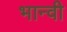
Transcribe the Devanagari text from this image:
भान्वी